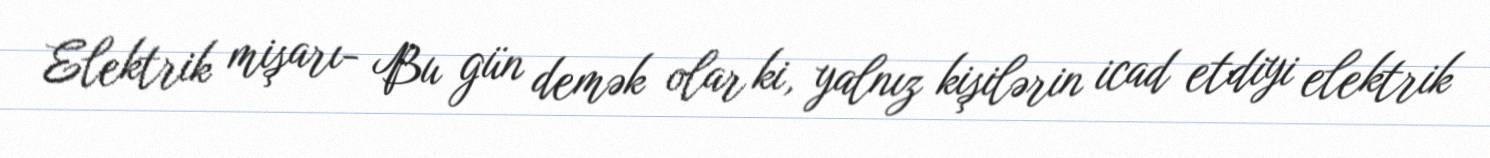
Elektrik mişarı- Bu gün demək olar ki, yalnız kişilərin icad etdiyi elektrik